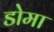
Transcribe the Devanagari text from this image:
डोमा